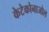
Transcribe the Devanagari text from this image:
केटेकोनाजोल